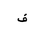
Letter: _fa